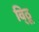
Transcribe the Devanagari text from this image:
वि्ठू